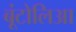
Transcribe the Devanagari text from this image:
बूंटोलिआ